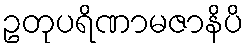
ဥတုပရိဏာမဇာနိပိ